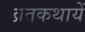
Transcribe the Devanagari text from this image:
व्रतकथायें